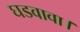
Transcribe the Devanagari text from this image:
घडवावा।